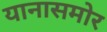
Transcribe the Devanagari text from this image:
यानासमोर